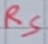
Text: RS